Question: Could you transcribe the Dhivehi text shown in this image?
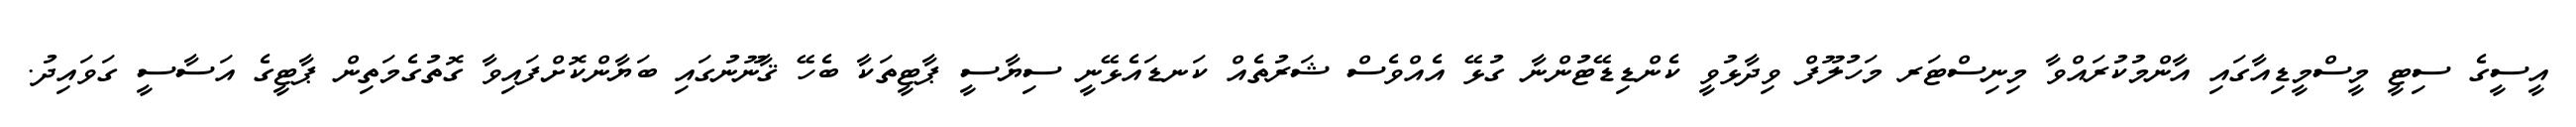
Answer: އީސީގެ ސިޓީ މީސްމީޑިއާގައި އާންމުކުރައްވާ މިނިސްޓަރ މަހުލޫފް ވިދާޅުވީ ކެންޑިޑޭޓުންނާ ގުޅޭ އެއްވެސް ޝަރުތެއް ކަނޑައެޅޭނީ ސިޔާސީ ޕާޓީތަކާ ބެހޭ ޤާނޫނުގައި ބަޔާންކޮށްފައިވާ ގޮތުގެމަތިން ޕާޓީގެ އަސާސީ ގަވައިދު.